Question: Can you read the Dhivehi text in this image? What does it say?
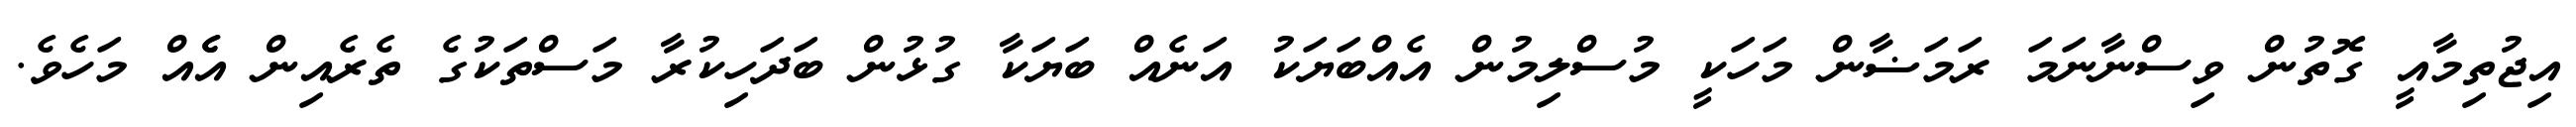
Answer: އިޖުތިމާއީ ގޮތުން ވިސްނާނަމަ ރަމަޟާން މަހަކީ މުސްލިމުން އެއްބަޔަކު އަނެއް ބަޔަކާ ގުޅުން ބަދަހިކުރާ މަސްތަކުގެ ތެރެއިން އެެއް މަހެވެ.